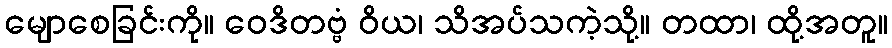
မျောစေခြင်းကို။ ဝေဒိတဗ္ဗံ ဝိယ၊ သိအပ်သကဲ့သို့။ တထာ၊ ထို့အတူ။